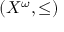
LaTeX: ( X ^ { \omega } , \leq )